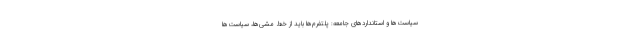
سیاست‌ها و استانداردهای جامعه: پلتفرم‌ها باید از خط مشی‌ها، سیاست‌ها